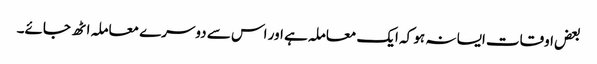
بعض اوقات ایسا نہ ہو کہ ایک معاملہ ہے اور اس سے دوسرے معاملہ اٹھ جائے۔